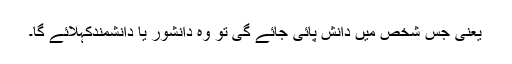
یعنی جس شخص میں دانش پائی جائے گی تو وہ دانشور یا دانشمندکہلائے گا۔